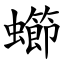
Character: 䗻